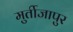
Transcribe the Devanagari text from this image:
मुर्तीजापुर